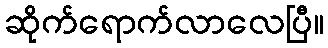
ဆိုက်ရောက်လာလေပြီ။